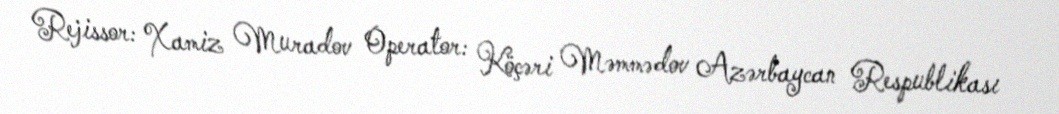
Rejissor: Xamiz Muradov Operator: Köçəri Məmmədov Azərbaycan Respublikası